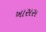
ખાસસ